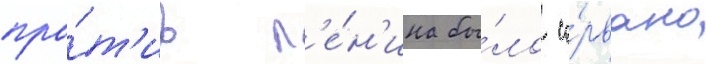
про́т'ив л'е́н'ина бы́ло со́рвано